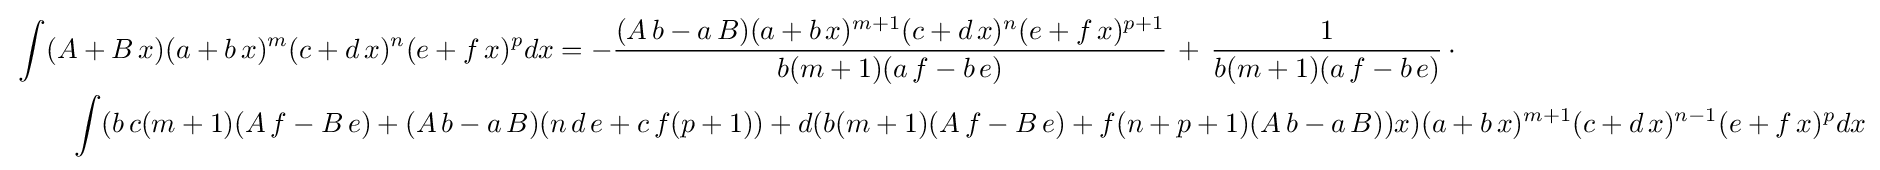
{\begin{aligned}&\int (A+B\,x)(a+b\,x)^{m}(c+d\,x)^{n}(e+f\,x)^{p}dx=-{\frac {(A\,b-a\,B)(a+b\,x)^{m+1}(c+d\,x)^{n}(e+f\,x)^{p+1}}{b(m+1)(a\,f-b\,e)}}\,+\,{\frac {1}{b(m+1)(a\,f-b\,e)}}\,\cdot \\&\qquad \int (b\,c(m+1)(A\,f-B\,e)+(A\,b-a\,B)(n\,d\,e+c\,f(p+1))+d(b(m+1)(A\,f-B\,e)+f(n+p+1)(A\,b-a\,B))x)(a+b\,x)^{m+1}(c+d\,x)^{n-1}(e+f\,x)^{p}dx\end{aligned}}